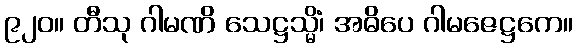
၉၂၀။ တီသု ဂါမဏိ သေဋ္ဌသ္မိံ၊ အဓိပေ ဂါမဇေဋ္ဌကေ။